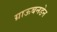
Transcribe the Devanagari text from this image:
ग्राऊबनडेन